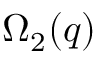
\Omega _ { 2 } ( q )